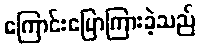
ကြောင်းပြောကြားခဲ့သည်